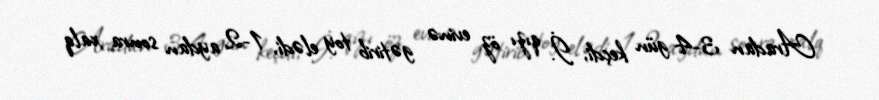
Aradan 3-4 gün keçdi, İ. qızı öz evinə gətirib toy elədi, 1-2 aydan sonra xalq